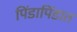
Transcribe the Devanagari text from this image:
पिंडापिंडात